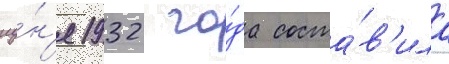
иу́н'я 1932 го́да соста́в'ила